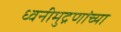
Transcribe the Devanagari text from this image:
ध्वनीमुद्रणांच्या